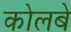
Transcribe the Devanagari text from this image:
कोलबे